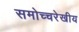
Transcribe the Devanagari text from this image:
समोच्चरेखीय